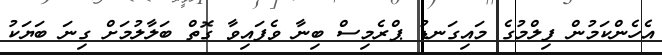
އެހެންކަމުން ފިލްމުގެ މައިގަނޑު ޕްރެމިސް ބިނާ ވެފައިވާ ގޮތް ބަލާލުމަށް ގިނަ ބަޔަކު